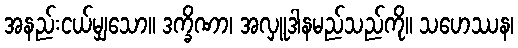
အနည်းငယ်မျှသော။ ဒက္ခိဏာ၊ အလှူဒါနမည်သည်ကို။ သဟေဿန၊